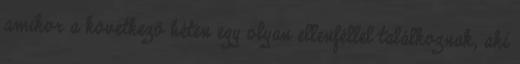
amikor a következő héten egy olyan ellenféllel találkoznak, aki